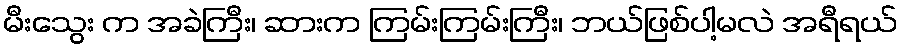
မီးသွေး က အခဲကြီး၊ ဆားက ကြမ်းကြမ်းကြီး၊ ဘယ်ဖြစ်ပါ့မလဲ အရီရယ်